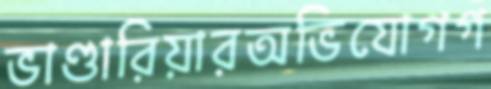
ভাণ্ডারিয়ারঅভিযোগগ